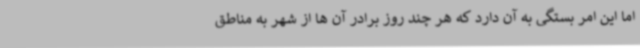
اما این امر بستگی به آن دارد که هر چند روز برادر آن ها از شهر به مناطق